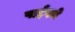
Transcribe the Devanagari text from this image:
पाईपने